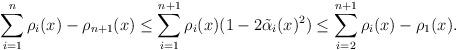
LaTeX: \begin{align*}\sum_{i=1}^{n}\rho_i(x)-\rho_{n+1}(x)\leq \sum_{i=1}^{n+1}\rho_i(x)(1-2\tilde{\alpha}_i(x)^2)\leq \sum_{i=2}^{n+1}\rho_i(x)-\rho_1(x).\end{align*}